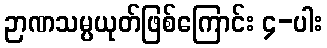
ဉာဏသမ္ပယုတ်ဖြစ်ကြောင်း ၄-ပါး